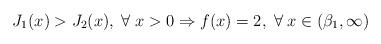
LaTeX: \begin{align*}J_1(x)>J_2(x),\;\forall\; x>0 \Rightarrow f(x) = 2,\;\forall\; x\in(\beta_1,\infty)\end{align*}